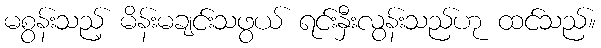
မစွန်းသည့် မိန်းမချင်းသဖွယ် ရင်းနှီးလွန်းသည်ဟု ထင်သည်။